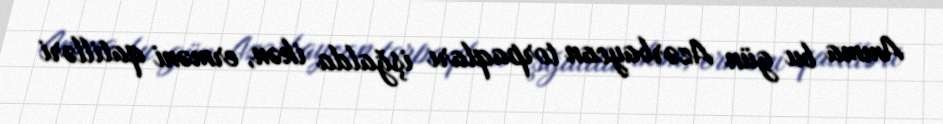
Amma bu gün Azərbaycan torpaqları işğalda ikən, erməni qatilləri